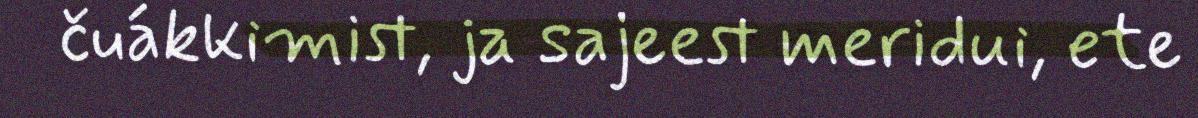
čuákkimist, ja sajeest meridui, ete